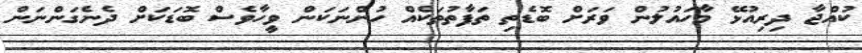
ކުއްޖާ ދިރިއުޅޭ މާހައުލުން ވަރަށް ބޮޑެތި ތަފާތުތަކެއް ހުންނަކަން ވީހާވެސް ބޮޑަކަށް ދެނެގަންނަން